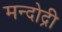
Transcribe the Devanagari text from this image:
मन्दोद्री